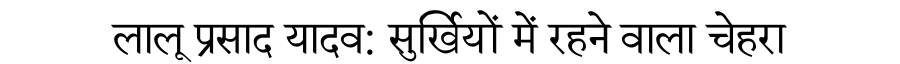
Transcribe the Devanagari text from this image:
लालू प्रसाद यादव: सुर्खियों में रहने वाला चेहरा